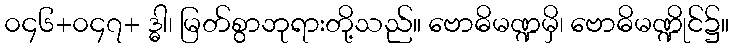
၀၄၆+၀၄၇+ ဒ္ဓါ၊ မြတ်စွာဘုရားတို့သည်။ ဗောဓိမဏ္ဍမှိ၊ ဗောဓိမဏ္ဍိုင်၌။